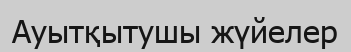
Ауытқытушы жүйелер